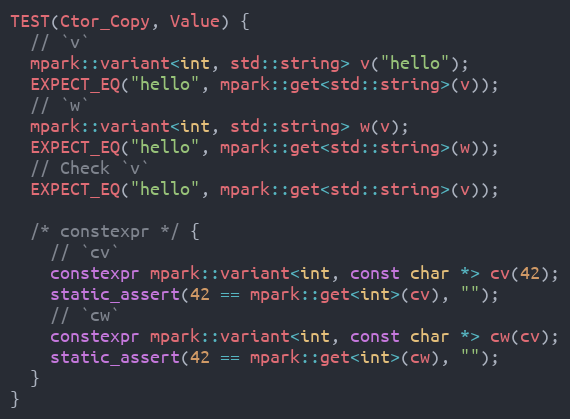
Language: C++
TEST(Ctor_Copy, Value) {
  // `v`
  mpark::variant<int, std::string> v("hello");
  EXPECT_EQ("hello", mpark::get<std::string>(v));
  // `w`
  mpark::variant<int, std::string> w(v);
  EXPECT_EQ("hello", mpark::get<std::string>(w));
  // Check `v`
  EXPECT_EQ("hello", mpark::get<std::string>(v));

  /* constexpr */ {
    // `cv`
    constexpr mpark::variant<int, const char *> cv(42);
    static_assert(42 == mpark::get<int>(cv), "");
    // `cw`
    constexpr mpark::variant<int, const char *> cw(cv);
    static_assert(42 == mpark::get<int>(cw), "");
  }
}